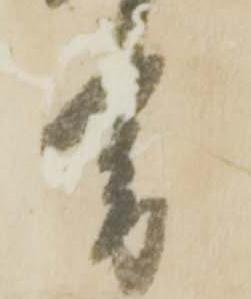
書